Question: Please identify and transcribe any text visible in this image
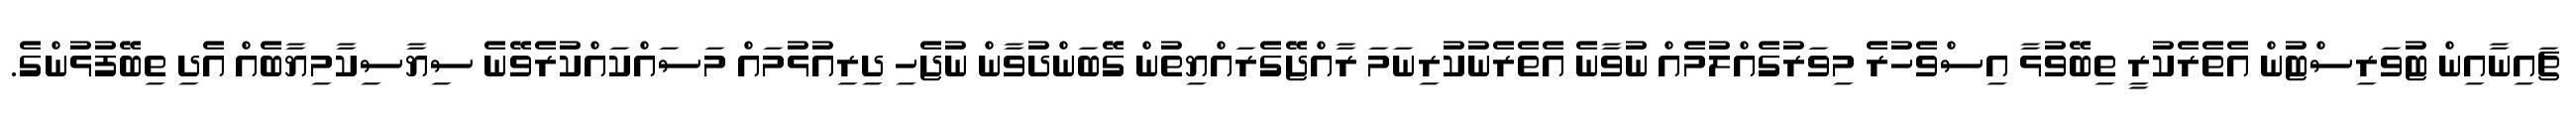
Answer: ޗައިނާއިން ޓުވަރިސްޓުން އެތެރެކުރީ ތިބޭވުޅާ އިސްވެހުރެ މިވަރުގެއްލުމެއް ނުވާނެ އެތެރެނުކުރިނަމަ ރާއްޖޭގެރައްޔިތުން ގޭބަންދުވާން ނުޖެހި ދިރިއުޅުމައް މަސައްކައްކުރެވޭނެ ސިޔާސިކާމިޔާބެއް އެދި ތިބޭފުޅުންގެ.